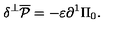
\delta ^ { \bot } \overline { { \cal P } } = - \varepsilon { \partial ^ { 1 } } \Pi _ { 0 } .